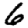
Digit: 6